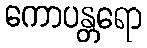
ကောပန္တရော